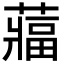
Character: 𮑻